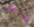
واحد